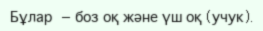
Бұлар — боз оқ және үш оқ (учук).